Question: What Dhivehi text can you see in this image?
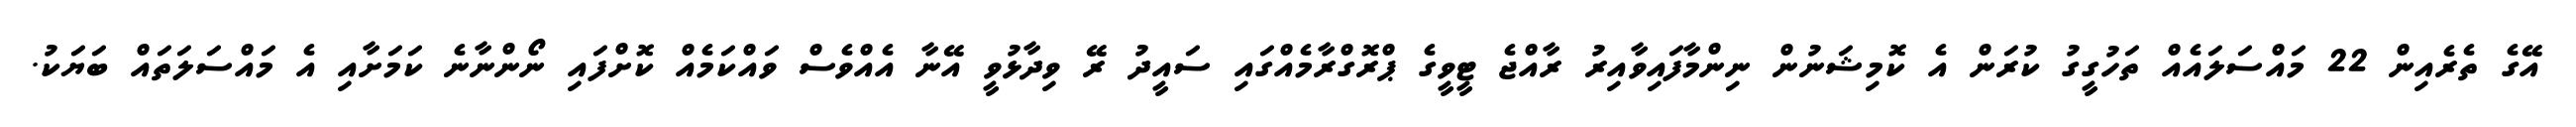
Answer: އޭގެ ތެރެއިން 22 މައްސަލައެއް ތަހުގީގު ކުރަން އެ ކޮމިޝަނުން ނިންމާފައިވާއިރު ރާއްޖެ ޓީވީގެ ޕްރޮގްރާމެއްގައި ސައީދު ރޭ ވިދާޅުވީ އޭނާ އެއްވެސް ވައްކަމެއް ކޮށްފައި ނޯންނާނެ ކަމަށާއި އެ މައްސަލަތައް ބަޔަކު.